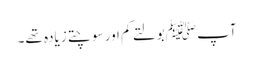
آپ ﷺبولتے کم اور سوچتے زیادہ تھے۔